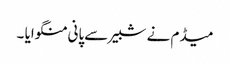
میڈم نے شبیر سےپانی منگوایا ۔